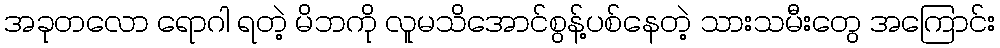
အခုတလော ရောဂါ ရတဲ့ မိဘကို လူမသိအောင်စွန့်ပစ်နေတဲ့ သားသမီးတွေ အကြောင်း